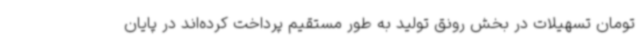
تومان تسهیلات در بخش رونق تولید به طور مستقیم پرداخت کرده‌اند در پایان